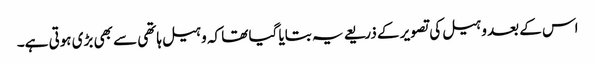
اس کے بعد وہیل کی تصویر کے ذریعے یہ بتایا گیا تھا کہ وہیل ہاتھی سے بھی بڑی ہوتی ہے۔